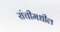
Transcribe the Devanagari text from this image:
रांचीमधील